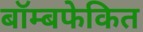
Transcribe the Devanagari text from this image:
बॉम्बफेकित